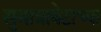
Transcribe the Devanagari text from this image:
सुमात्राबेटाच्या